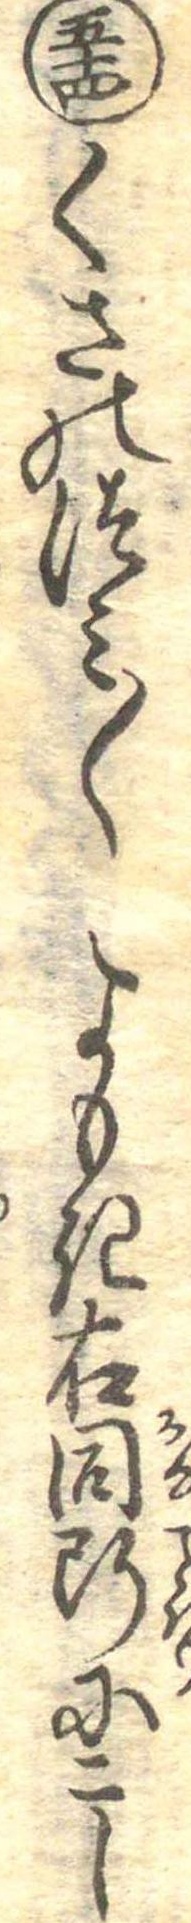
五十四くさのつみ〱よもき右同断にこし